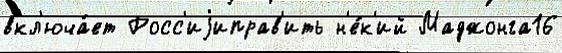
вкл'юча́ет Росс'иjиправ'ить н'е́к'ий Маджонга16